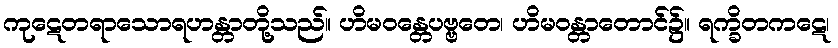
ကုဋေတရာသောရဟန္တာတို့သည်။ ဟိမဝန္တေပဗ္ဗတေ၊ ဟိမဝန္တာတောင်၌။ ရက္ခိတကဋေ၊